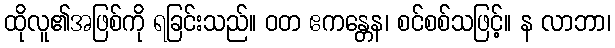
ထိုလူ၏အဖြစ်ကို ရခြင်းသည်။ ဝတ ဧကန္တေန၊ စင်စစ်သဖြင့်။ န လာဘာ၊